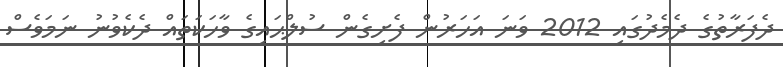
ދެފަރާތުގެ ދެމެދުގައި 2012 ވަނަ އަހަރުން ފެށިގެން ސުލްޙައިގެ ވާހަކަތައް ދެކެވުނު ނަމަވެސް